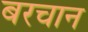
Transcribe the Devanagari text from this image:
बरचान